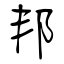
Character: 邦